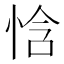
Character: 㤷